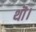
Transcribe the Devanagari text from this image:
थॊ।